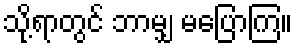
သို့ရာတွင် ဘာမျှ မပြောကြ။